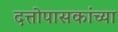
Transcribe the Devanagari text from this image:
दत्तोपासकांच्या